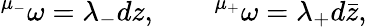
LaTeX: {}^{\mu_{-}}\omega=\lambda_{-}dz,\qquad{}^{\mu_{+}}\omega=\lambda_{+}d\bar{z},